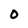
Character: 0